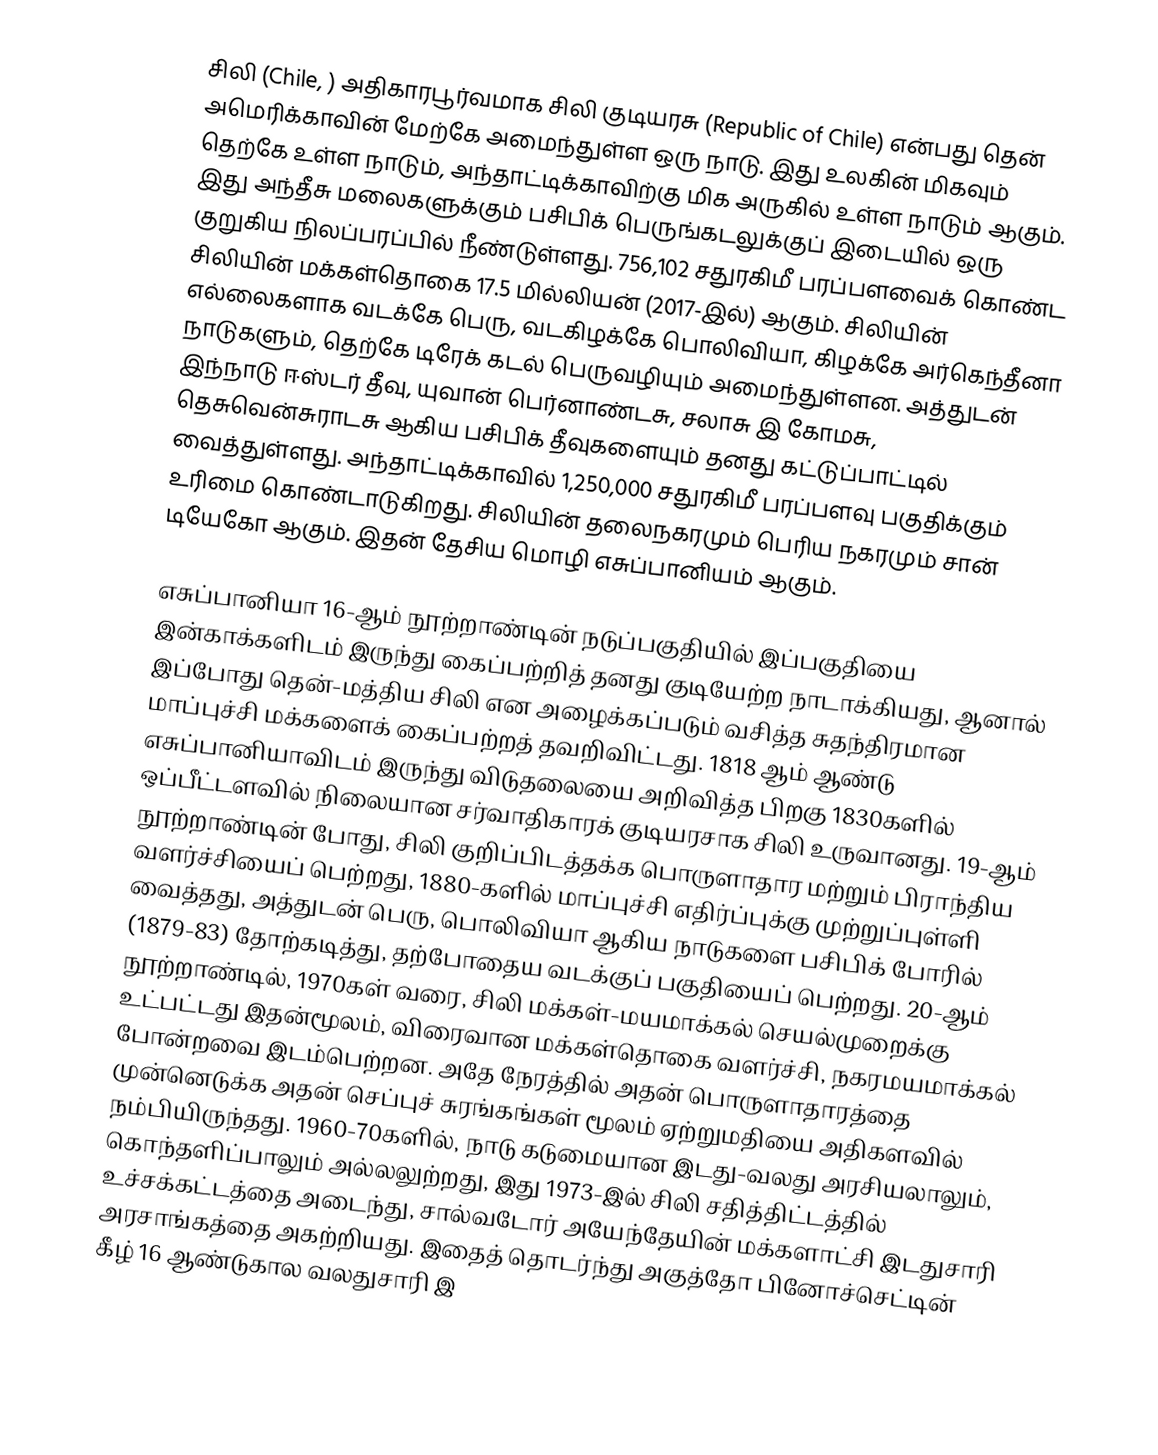
சிலி (Chile, ) அதிகாரபூர்வமாக சிலி குடியரசு (Republic of Chile) என்பது தென் அமெரிக்காவின் மேற்கே அமைந்துள்ள ஒரு நாடு. இது உலகின் மிகவும் தெற்கே உள்ள நாடும், அந்தாட்டிக்காவிற்கு மிக அருகில் உள்ள நாடும் ஆகும். இது அந்தீசு மலைகளுக்கும் பசிபிக் பெருங்கடலுக்குப் இடையில் ஒரு குறுகிய நிலப்பரப்பில் நீண்டுள்ளது. 756,102 சதுரகிமீ பரப்பளவைக் கொண்ட சிலியின் மக்கள்தொகை 17.5 மில்லியன் (2017-இல்) ஆகும். சிலியின் எல்லைகளாக வடக்கே பெரு, வடகிழக்கே பொலிவியா, கிழக்கே அர்கெந்தீனா நாடுகளும், தெற்கே டிரேக் கடல் பெருவழியும் அமைந்துள்ளன. அத்துடன் இந்நாடு ஈஸ்டர் தீவு, யுவான் பெர்னாண்டசு, சலாசு இ கோமசு, தெசுவென்சுராடசு ஆகிய பசிபிக் தீவுகளையும் தனது கட்டுப்பாட்டில் வைத்துள்ளது. அந்தாட்டிக்காவில் 1,250,000 சதுரகிமீ பரப்பளவு பகுதிக்கும் உரிமை கொண்டாடுகிறது. சிலியின் தலைநகரமும் பெரிய நகரமும் சான் டியேகோ ஆகும். இதன் தேசிய மொழி எசுப்பானியம் ஆகும்.

எசுப்பானியா 16-ஆம் நூற்றாண்டின் நடுப்பகுதியில் இப்பகுதியை இன்காக்களிடம் இருந்து கைப்பற்றித் தனது குடியேற்ற நாடாக்கியது, ஆனால் இப்போது தென்-மத்திய சிலி என அழைக்கப்படும் வசித்த சுதந்திரமான மாப்புச்சி மக்களைக் கைப்பற்றத் தவறிவிட்டது. 1818 ஆம் ஆண்டு எசுப்பானியாவிடம் இருந்து விடுதலையை அறிவித்த பிறகு 1830களில் ஒப்பீட்டளவில் நிலையான சர்வாதிகாரக் குடியரசாக சிலி உருவானது. 19-ஆம் நூற்றாண்டின் போது, சிலி குறிப்பிடத்தக்க பொருளாதார மற்றும் பிராந்திய வளர்ச்சியைப் பெற்றது, 1880-களில் மாப்புச்சி எதிர்ப்புக்கு முற்றுப்புள்ளி வைத்தது, அத்துடன் பெரு, பொலிவியா ஆகிய நாடுகளை பசிபிக் போரில் (1879-83) தோற்கடித்து, தற்போதைய வடக்குப் பகுதியைப் பெற்றது. 20-ஆம் நூற்றாண்டில், 1970கள் வரை, சிலி மக்கள்-மயமாக்கல் செயல்முறைக்கு உட்பட்டது இதன்மூலம், விரைவான மக்கள்தொகை வளர்ச்சி, நகரமயமாக்கல் போன்றவை இடம்பெற்றன. அதே நேரத்தில் அதன் பொருளாதாரத்தை முன்னெடுக்க அதன் செப்புச் சுரங்கங்கள் மூலம் ஏற்றுமதியை அதிகளவில் நம்பியிருந்தது. 1960-70களில், நாடு கடுமையான இடது-வலது அரசியலாலும், கொந்தளிப்பாலும் அல்லலுற்றது, இது 1973-இல் சிலி சதித்திட்டத்தில் உச்சக்கட்டத்தை அடைந்து, சால்வடோர் அயேந்தேயின் மக்களாட்சி இடதுசாரி அரசாங்கத்தை அகற்றியது. இதைத் தொடர்ந்து அகுத்தோ பினோச்செட்டின் கீழ் 16 ஆண்டுகால வலதுசாரி இ